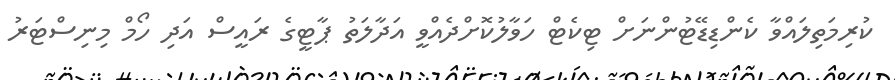
ކުރިމަތިލައްވާ ކެންޑިޑޭޓުންނަށް ޓިކެޓް ހަވާލުކޮށްދެއްވީ އަދާލަތު ޕާޓީގެ ރައީސް އަދި ހޯމް މިނިސްޓަރު